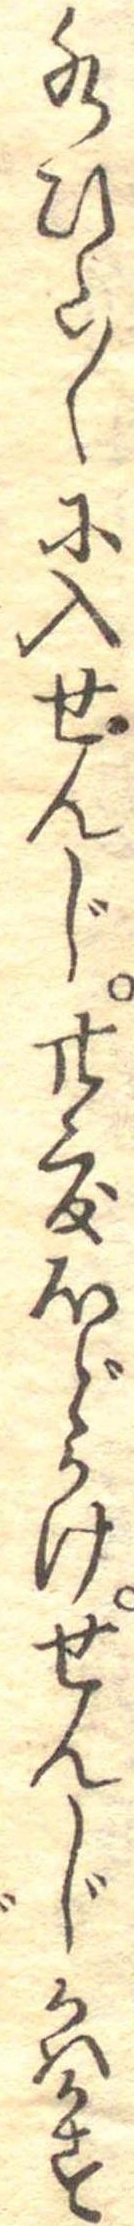
水ひた〱に入せんじ廿度ほどかけせんじかはかす